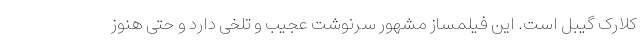
کلارک گیبل است. این فیلمساز مشهور سرنوشت عجیب و تلخی دارد و حتی هنوز